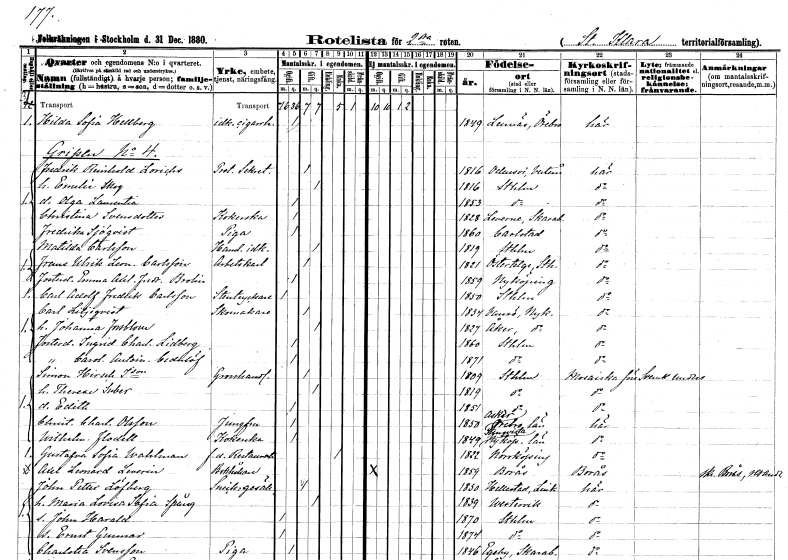
gt_parse: households: individuals: FN: Hilda Sofia
EN: Hellberg
YRKE: Cigarrhandlerska
KON: K
CIV: O
FODAR: 1849
FODFORS: Lännäs Örebro län
FN: Fredrik Reinhold
EN: Lorichs
YRKE: Protokollsekreterare
KON: M
CIV: G
FODAR: 1816
FODFORS: Odensvi Västmanlands län
FN: Emelie
EN: Skog
KON: K
CIV: G
FODAR: 1816
FODFORS: Stockholm
FN: Olga Laurentia
KON: K
CIV: O
FODAR: 1853
FODFORS: Stockholm
FN: Christina
EN: Svensdotter
YRKE: Kokerska
KON: K
CIV: O
FODAR: 1828
FODFORS: Levene Skaraborgs län
FN: Fredrika
EN: Sjöqvist
YRKE: Piga
KON: K
CIV: O
FODAR: 1860
FODFORS: Karlstad Värmlands län
FN: Mathilda
EN: Carlsson
YRKE: Handelsidkerska
KON: K
CIV: G
FODAR: 1819
FODFORS: Stockholm
FN: Frans Ulrik Leonard
EN: Carlsson
YRKE: Arbetskarl
KON: M
CIV: G
FODAR: 1821
FODFORS: Östertälje Stockholms län
FN: Emma Axelina Fredrika
EN: Brolin
KON: K
CIV: O
FODAR: 1859
FODFORS: Nyköping Södermanlands län
FN: Carl Adolf Fredrik
EN: Carlsson
YRKE: Stentryckare
KON: M
CIV: O
FODAR: 1850
FODFORS: Stockholm
FN: Carl
EN: Liljeqvist
YRKE: Skomakare
KON: M
CIV: G
FODAR: 1834
FODFORS: Vansö Södermanlands län
FN: Johanna
EN: Forsblom
KON: K
CIV: G
FODAR: 1827
FODFORS: Åker Södermanlands län
FN: Ingrid Charlotta
EN: Lindberg
KON: K
CIV: O
FODAR: 1860
FODFORS: Stockholm
FN: Carolina Antoinetta
EN: Cederlöf
KON: K
CIV: O
FODAR: 1871
FODFORS: Stockholm
FN: Simon
EN: Hirsch Isacsson
YRKE: Grosshandlare
KON: M
CIV: G
FODAR: 1809
FODFORS: Stockholm
FN: Therese
EN: Suber
KON: K
CIV: G
FODAR: 1819
FODFORS: Stockholm
FN: Edith
KON: K
CIV: O
FODAR: 1851
FODFORS: Stockholm
FN: Christina Charlotta
EN: Olsson
YRKE: Jungfru
KON: K
CIV: O
FODAR: 1850
FODFORS: Asker Örebro län
FN: Wilhelmina
EN: Flodell
YRKE: Kokerska
KON: K
CIV: O
FODAR: 1849
FODFORS: Stenkvista Södermanlands län
FN: Gustafva Sofia
EN: Wahlman
YRKE: Restauratrice f.d.
KON: K
CIV: E
FODAR: 1822
FODFORS: Norrköping Östergötlands län
FN: Axel Leonard
EN: Leverin
YRKE: Bokhållare
KON: M
CIV: O
FODAR: 1859
FODFORS: Borås Älvsborgs län